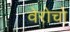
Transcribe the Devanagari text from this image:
वेरोचो